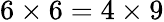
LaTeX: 6\times 6=4\times 9